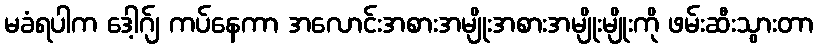
မခံရပါက ဒေါ့ဂ်ျ ကပ်နေကာ အလောင်းအစားအမျိုးအစားအမျိုးမျိုးကို ဖမ်းဆီးသွားတာ